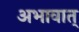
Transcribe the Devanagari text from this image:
अभावात्